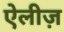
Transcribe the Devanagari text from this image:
ऐलीज़